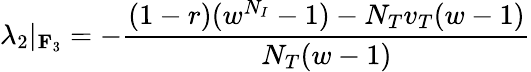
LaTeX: \lambda_{2}|_{\mathbf{F}_{3}}=-\frac{(1-r)(w^{N_{I}}-1)-N_{T}v_{T}(w-1)}{N_{T}(w-1)}